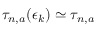
\tau _ { n , a } ( \epsilon _ { k } ) \simeq \tau _ { n , a }